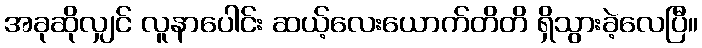
အခုဆိုလျှင် လူနာပေါင်း ဆယ့်လေးယောက်တိတိ ရှိသွားခဲ့လေပြီ။